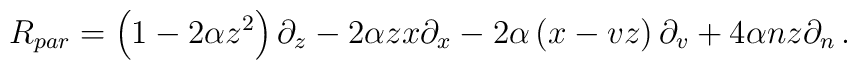
R_{par} = \left( 1-2\alpha z^2 \right) \partial_{z}    -2\alpha zx \partial_{x}    - 2\alpha \left( x-vz \right) \partial_{v}    + 4\alpha nz \partial_{n} \,.